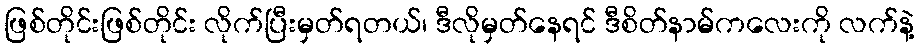
ဖြစ်တိုင်းဖြစ်တိုင်း လိုက်ပြီးမှတ်ရတယ်၊ ဒီလိုမှတ်နေရင် ဒီစိတ်နာမ်ကလေးကို လက်နဲ့